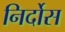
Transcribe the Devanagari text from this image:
निर्दोस